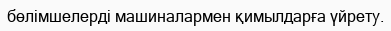
бөлімшелерді машиналармен қимылдарға үйрету.